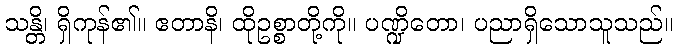
သန္တိ၊ ရှိကုန်၏။ ဧတာနိ၊ ထိုဥစ္စာတို့ကို။ ပဏ္ဍိတော၊ ပညာရှိသောသူသည်။